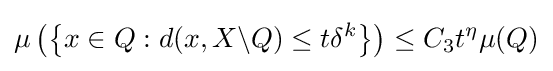
\mu \left(\left\{x\in Q:d(x,X\backslash Q)\leq t\delta ^{k}\right\}\right)\leq C_{3}t^{\eta }\mu (Q)